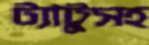
ট্যাটুসহ